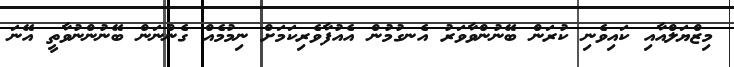
މިޒްޔަލްއާއި ކައިވެނި ކުރަން ބޭނުންވާވަރު އެނގުމުން އެއުފާވެރިކަމަށް ނިމުމެއް ގެންނަން ބޭނުންނުވާތީ އޭނަ